Report of the Imperial Institute of Veterinary Research, Muktesar
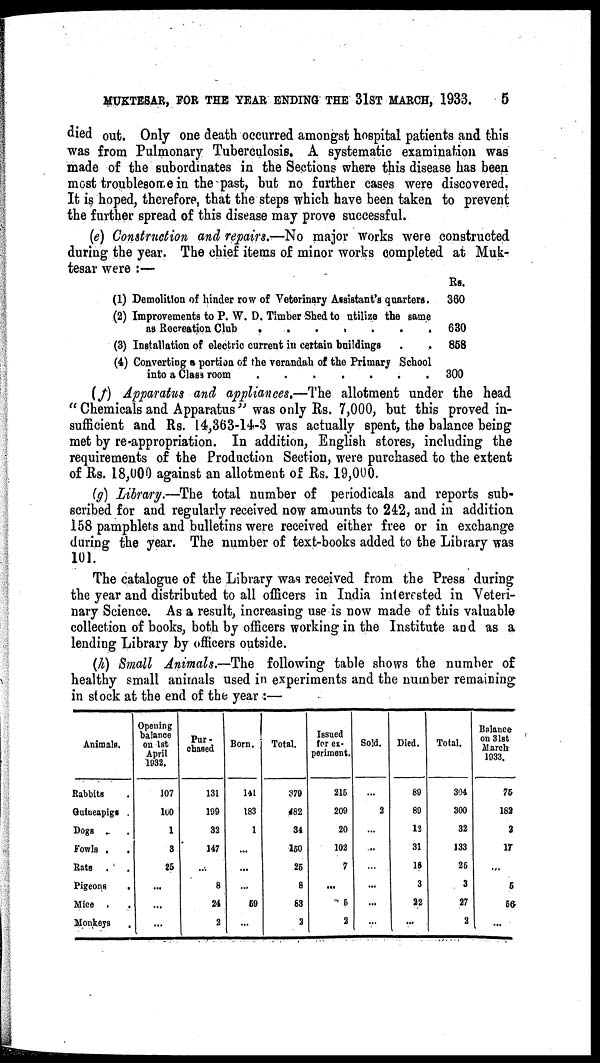
MUKTESAR, FOR THE YEAR ENDING THE 31ST MARCH, 1933.
5
died out. Only one death occurred amongst hospital patients and this
was from Pulmonary Tuberculosis. A systematic examination was
made of the subordinates in the Sections where this disease has been
most troublesome in the past, but no further cases were discovered.
It is hoped, therefore, that the steps which have been taken to prevent
the further spread of this disease may prove successful.
(e) Construction and repairs.—No major works were constructed
during the year. The chief items of minor works completed at Muk-
tesar were :—
Rs.
(1) Demolition of hinder row of Veterinary Assistant's quarters.
360
(2) Improvements to P. W. D. Timber Shed to utilize the same
as Recreation Club
.......
630
(3) Installation of electric current in certain buildings
.
.
858
(4) Converting a portion of the verandah of the Primary School
into a Class room
300
(f) Apparatus and appliances.—The allotment under the head
"Chemicals and Apparatus" was only Rs. 7,000, but this proved in-
sufficient and Rs. 14,363-14-3 was actually spent, the balance being
met by re-appropriation. In addition, English stores, including the
requirements of the Production Section, were purchased to the extent
of Rs. 18,000 against an allotment of Rs. 19,000.
(g) Library.—The total number of periodicals and reports sub-
scribed for and regularly received now amounts to 242, and in addition
158 pamphlets and bulletins were received either free or in exchange
during the year. The number of text-books added to the Library was
101.
The catalogue of the Library was received from the Press during
the year and distributed to all officers in India interested in Veteri-
nary Science. As a result, increasing use is now made of this valuable
collection of books, both by officers working in the Institute and as a
lending Library by officers outside.
(h) Small Animals.—The following table shows the number of
healthy small animals used in experiments and the number remaining
in stock at the end of the year :—
Animals.
Rabbits
Guineapigs .
Dogs .
Fowls .
Rats .
Pigeons
Mice .
Monkeys
Opening
balance
on 1st
April
1932.
107
100
1
3
25
...
...
...
Pur-
chased
131
199
32
147
...
8
24
2
Born.
141
183
1
...
...
59
Total.
379
482
34
150
25
8
63
2
Issued
for ex-
periment.
215
209
20
102
7
...
5
2
Sold.
..
2
..
..
..
...
...
...
Died.
89
89
12
31
18
3
22
...
Total.
304
300
32
133
25
3
27
2
Balance
on 31st
March
1933.
75
182
2
17
...
5
56